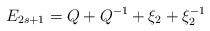
\begin{align*}E_{2s+1}=Q+Q^{-1}+\xi _{2}+\xi _{2}^{-1} \end{align*}